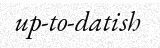
up-to-datish